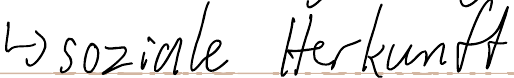
-> soziale Herkunft